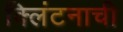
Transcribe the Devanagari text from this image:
क्लिंटनाची